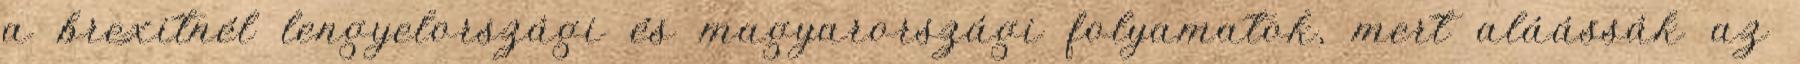
a brexitnél lengyelországi és magyarországi folyamatok, mert aláássák az